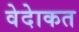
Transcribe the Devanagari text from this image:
वेदेाकत